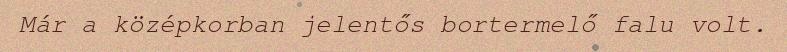
Már a középkorban jelentős bortermelő falu volt.